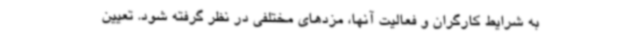
به شرایط کارگران و فعالیت آنها، مزدهای مختلفی در نظر گرفته شود. تعیین